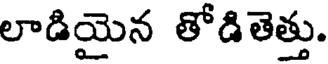
లాడియైన తోడితెత్తు.